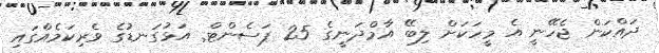
ދައްކަން ޖެހޭނީ އެ މީހަކަށް ލިބޭ އާމްދަނީގެ 25 ޕަސެންޓް